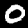
Digit: 0